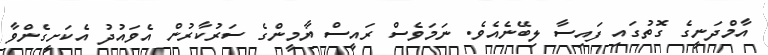
އާމްދަނީގެ ގޮތުގައި ފައިސާ ލިބޭނެއެވެ. ނަމަވެސް ރައީސް ޔާމީންގެ ސަރުކާރުން އެވައުދު އެކަށީގެންވާ